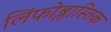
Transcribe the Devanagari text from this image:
लिंफोब्लास्तिक